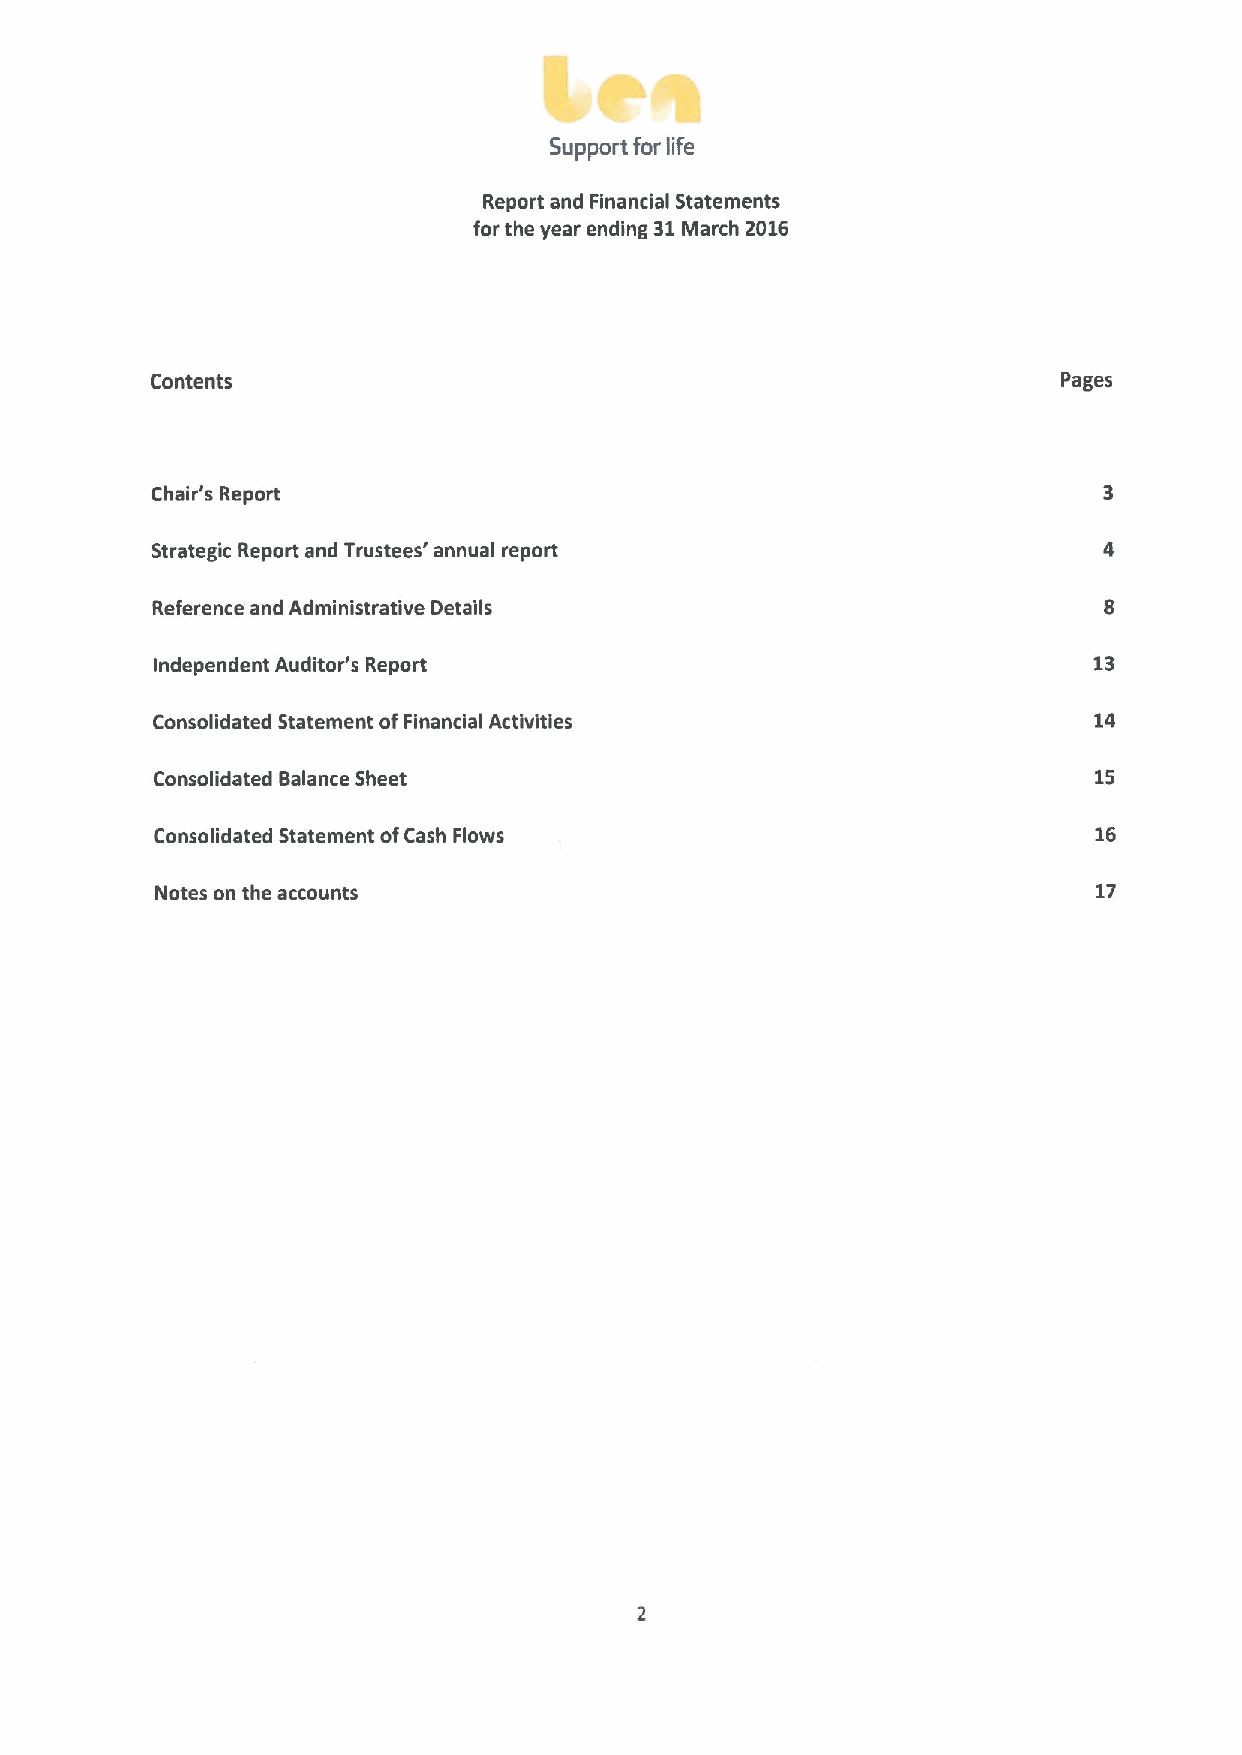
Support for life
 Report and Financial Statements
 for the year ending 31March 2016
 Contents                                                    Pages
 Chair's Report
 Strategic Report and Trustees' annual report
 Reference and Administrative Details
 Independent Auditor's Report                                  13
 Consolidated Statement ofFinancial Activities                 14
 Consolidated Balance Sheet                                    15
 Consolidated Statement ofCash Flows                           16
 Notes on the accounts                                          17